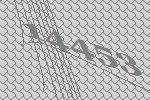
14453